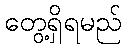
တွေ့ရှိရမည်